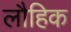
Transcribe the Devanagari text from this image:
लौहिक